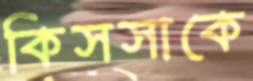
কিসসাকে